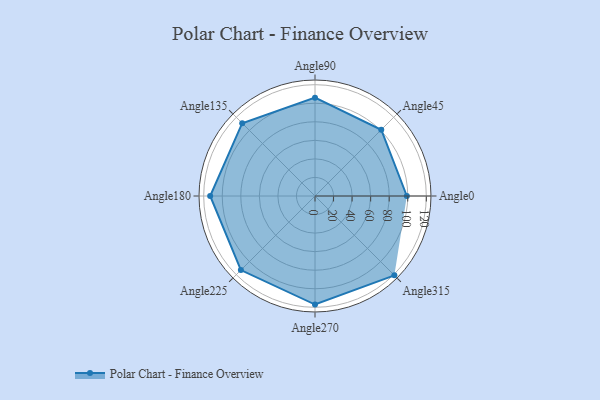
{"axis": {"x": "Angle", "y": "Radius"}, "legend": [""], "data": [{"x": "Angle0", "y": 99.0, "type": ""}, {"x": "Angle45", "y": 101.0, "type": ""}, {"x": "Angle90", "y": 106.0, "type": ""}, {"x": "Angle135", "y": 111.0, "type": ""}, {"x": "Angle180", "y": 113.0, "type": ""}, {"x": "Angle225", "y": 113.0, "type": ""}, {"x": "Angle270", "y": 117.0, "type": ""}, {"x": "Angle315", "y": 121.0, "type": ""}]}